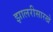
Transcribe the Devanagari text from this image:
झालरीसारखे